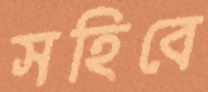
সহিবে